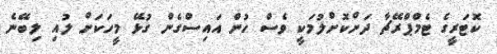
ކޮޓަރީގެ ޓެމްޕްރޭޗާ ދަށްކޮށްލުމަކީ ވެސް ހުން އައިސްގެން ގުޅޭ މީހަކަށް ލުއި ލިބޭނެ